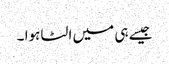
جیسے ہی میں الٹا ہوا ۔